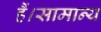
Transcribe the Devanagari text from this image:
हैं।सामान्य